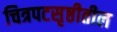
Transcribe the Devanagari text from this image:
चित्रपटसृष्ठीतील